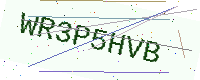
Text: WR3P5HVB